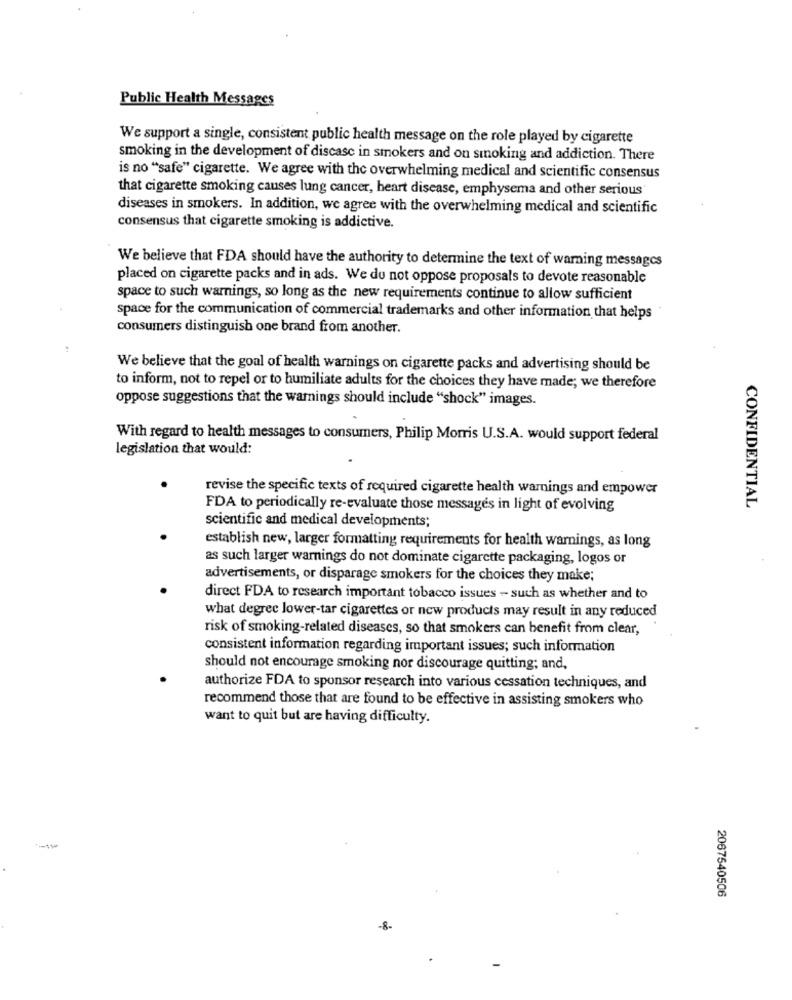
Public Health Messages
We support a single, consistent public health message on the role played by cigarette
smoking in the development of discasc in smokers and on smoking and addiction. There
is no "safe" cigarette. We agree with the overwhelming medical and scientific consensus
that cigarette smoking causes lung cancer, heart disease, emphysema and other serious
diseases in smokers. In addition, we agree with the overwhelming medical and scientific
consensus that cigarette smoking is addictive.
We believe that FDA should have the authority to determine the text of warning messages
placed on cigarette packs and in ads. We du not oppose proposals to devote reasonable
space to such warnings, so long as the new requirements continue to allow sufficient
space for the communication of commercial trademarks and other information that helps
consumers distinguish one brand from another.
We believe that the goal of health warnings on cigarette packs and advertising should be
to inform, not to repel or to humiliate adults for the choices they have made; we therefore
oppose suggestions that the warnings should include "shock" images.
With regard to health messages to consumers, Philip Morris U.S.A. would support federal
legislation that would:
revise the specific texts of required cigarette health warnings and empower
FDA to periodically re-evaluate those messages in light of evolving
CONFIDENTIAL
scientific and medical developments;
establish new, larger formatting requirements for health warnings, as long
as such larger warnings do not dominate cigarette packaging, logos or
advertisements, or disparage smokers for the choices they make;
direct FDA to research important tobacco issues - such as whether and to
what degrec lower-tar cigarettes or new products may result in any reduced
risk of smoking-related diseases, so that smokers can benefit from clear,
consistent information regarding important issues; such information
should not encourage smoking nor discourage quitting; and,
authorize FDA to sponsor research into various cessation techniques, and
recommend those that are found to be effective in assisting smokers who
want to quit but are having difficulty.
2067540506